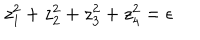
z _ { 1 } ^ { 2 } + z _ { 2 } ^ { 2 } + z _ { 3 } ^ { 2 } + z _ { 4 } ^ { 2 } = \epsilon